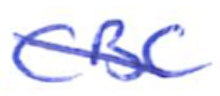
Text: CBC
Cross-out: diagonal
Writing tool: ballpoint